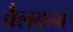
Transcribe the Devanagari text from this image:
वैलकम